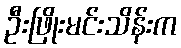
ဦးဖြိုးမင်းသိန်းက